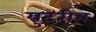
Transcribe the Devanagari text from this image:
युटरीन